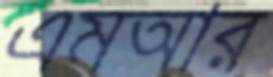
এমআর